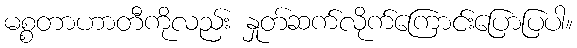
မစ္စတာဟာတီကိုလည်း နှုတ်ဆက်လိုက်ကြောင်းပြောပြပါ။